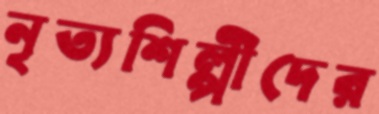
নৃত্যশিল্পীদের